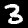
Label: 3